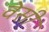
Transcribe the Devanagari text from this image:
वेसी